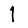
Digit: 1